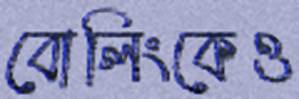
বোলিংকেও